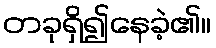
တခုရှိ၍နေခဲ့၏။